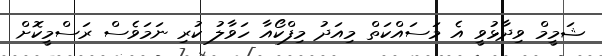
ޝަމީމް ވިދާޅުވީ އެ މަސައްކަތް މިއަދު މިފްކޯއާ ހަވާލު ކުރި ނަމަވެސް ރަސްމީކޮށް